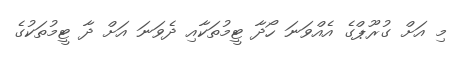
މި އަށް ގުރޫޕްގެ އެއްވަނަ ހޯދާ ޓީމުތަކާއި ދެވަނަ އަށް ދާ ޓީމުތަކުގެ